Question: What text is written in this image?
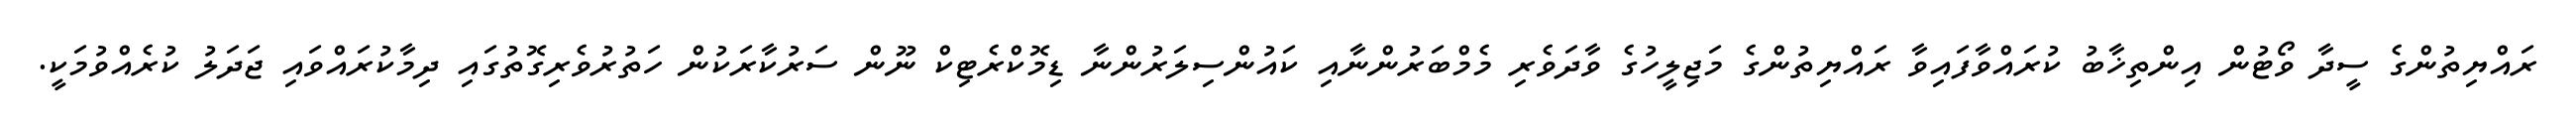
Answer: ރައްޔިތުންގެ ސީދާ ވޯޓުން އިންތިޚާބު ކުރައްވާފައިވާ ރައްޔިތުންގެ މަޖިލީހުގެ ވާދަވެރި މެމްބަރުންނާއި ކައުންސިލަރުންނާ ޑިމޮކްރެޓިކް ނޫން ސަރުކާރަކުން ހަތުރުވެރިގޮތުގައި ދިމާކުރައްވައި ޖަދަލު ކުރެއްވުމަކީ.